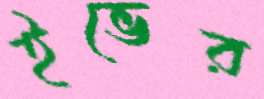
ইভের